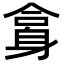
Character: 𨈿